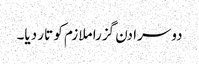
دوسرا دن گزرا ملازم کو تار دیا۔